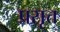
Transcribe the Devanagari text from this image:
प्रसृत्त